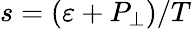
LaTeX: s=(\varepsilon+P_{\perp})/T